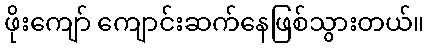
ဖိုးကျော် ကျောင်းဆက်နေဖြစ်သွားတယ်။